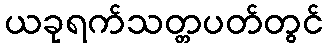
ယခုရက်သတ္တပတ်တွင်